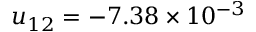
u _ { 1 2 } = - 7 . 3 8 \times 1 0 ^ { - 3 }